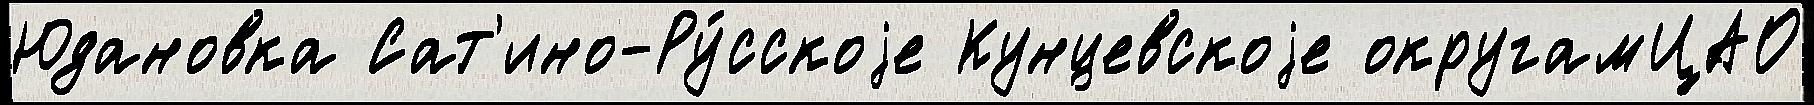
Юдановка Сат'ино-Ру́сскоjе Кунцевскоjе округамЦАО